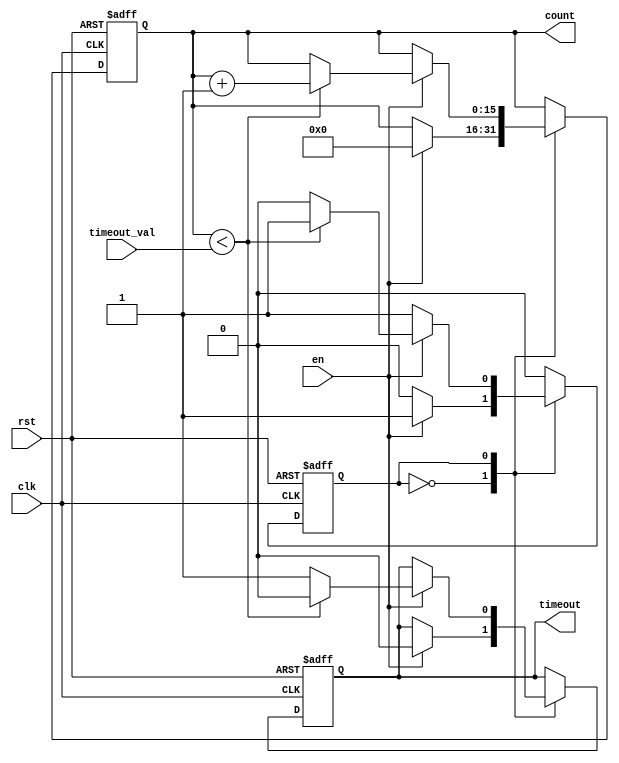
module timeout_counter (
    input wire clk,                // Clock signal
    input wire rst,                // Asynchronous reset
    input wire en,                 // Enable signal
    input wire [15:0] timeout_val, // Configurable time-out value
    output reg [15:0] count,       // Current count value
    output reg timeout             // Time-out signal
);

    // State definitions
    localparam IDLE = 1'b0;
    localparam COUNTING = 1'b1;

    reg state;                     // Current state of the counter

    // Asynchronous reset and state management
    always @(posedge clk or posedge rst) begin
        if (rst) begin
            count <= 16'b0;        // Reset count to 0
            timeout <= 1'b0;       // Deactivate time-out signal
            state <= IDLE;         // Set state to IDLE
        end else begin
            case (state)
                IDLE: begin
                    if (en) begin
                        count <= 16'b0; // Start counting from 0
                        timeout <= 1'b0; // Ensure timeout is deactivated
                        state <= COUNTING; // Move to COUNTING state
                    end
                end
                COUNTING: begin
                    if (en) begin
                        if (count < timeout_val) begin
                            count <= count + 1; // Increment count
                            timeout <= 1'b0;    // Keep timeout inactive
                        end else begin
                            timeout <= 1'b1;    // Activate timeout signal
                            state <= IDLE;      // Move back to IDLE state
                        end
                    end
                end
            endcase
        end
    end

endmodule